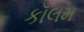
કૉલમ